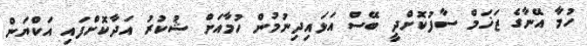
ހުމާ އޭނާގެ ޒަޚަމް ސާފުކޮށްދީ ބޭސް އަޅައިދިނުމުން ހުމާއަށް ޝުކުރު އަދާކޮށްފައި އަކްޔަން